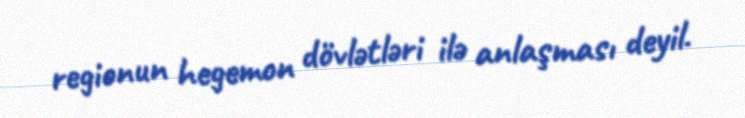
regionun hegemon dövlətləri ilə anlaşması deyil.